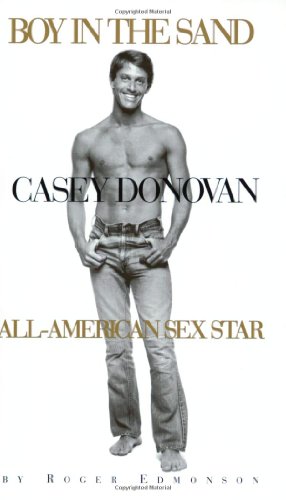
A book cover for Boy in the Sand:  Casey Donovan, All-American Sex Star; Roger Edmonson; Gay & Lesbian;